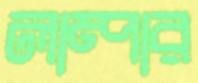
লাম্পার